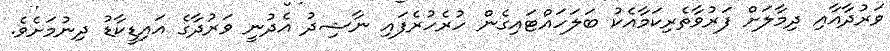
ވަރުދާއާއި ދިމާލަށް ފަރުވާތެރިކަމާއެކު ބަލަހައްޓައިގެން ހުރެހުރެފައި ނާޝިދު އެދުނީ ވަރުދާގެ އައިޑީކާޑު ދިނުމަށެވެ.